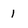
Character: 1